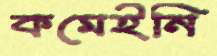
কমেইনি